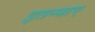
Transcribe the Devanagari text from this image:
इतन्याए